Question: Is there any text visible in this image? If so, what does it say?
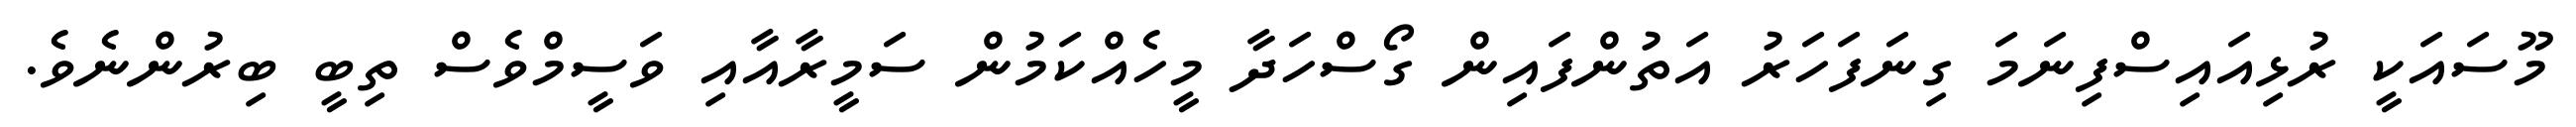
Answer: މޫސައަކީ ރުޅިއައިސްފިނަމަ ގިނަފަހަރު އަތުންފައިން ގޯސްހަދާ މީހެއްކަމުން ސަމީރާއާއި ވަސީމްވެސް ތިބީ ބިރުންނެވެ.